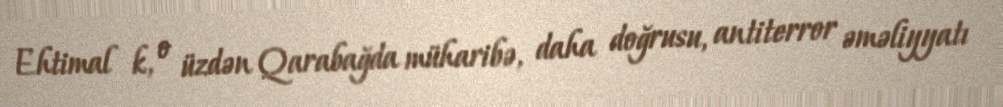
Ehtimal k, o üzdən Qarabağda müharibə, daha doğrusu, antiterror əməliyyatı